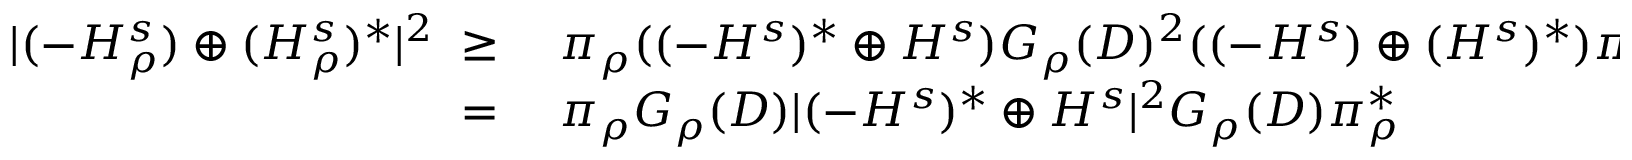
\begin{array} { r l } { | ( - H _ { \rho } ^ { s } ) \oplus ( H _ { \rho } ^ { s } ) ^ { * } | ^ { 2 } \; \geq \; } & { { } \pi _ { \rho } ( ( - H ^ { s } ) ^ { * } \oplus H ^ { s } ) G _ { \rho } ( D ) ^ { 2 } ( ( - H ^ { s } ) \oplus ( H ^ { s } ) ^ { * } ) { \pi _ { \rho } ^ { * } } } \\ { \; = \; } & { { } \pi _ { \rho } G _ { \rho } ( D ) | ( - H ^ { s } ) ^ { * } \oplus H ^ { s } | ^ { 2 } G _ { \rho } ( D ) { \pi _ { \rho } ^ { * } } } \end{array}